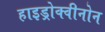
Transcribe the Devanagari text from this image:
हाइड्रोक्वीनोन